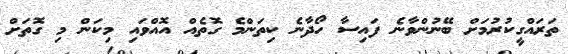
ތަރައްގީކުރުމަށް ބޭނުންވާނެ ފައިސާ ހޯދާނެ ކިތަންމެ ގޮތެއް އޮއްވައި މިކަން މި ގޮތަށް